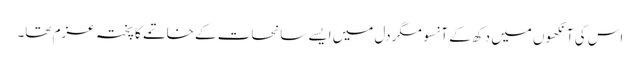
اس کی آنکھوں میں دکھ کے آنسو مگر دل میں ایسے سانحات کے خاتمے کا پختہ عزم تھا۔